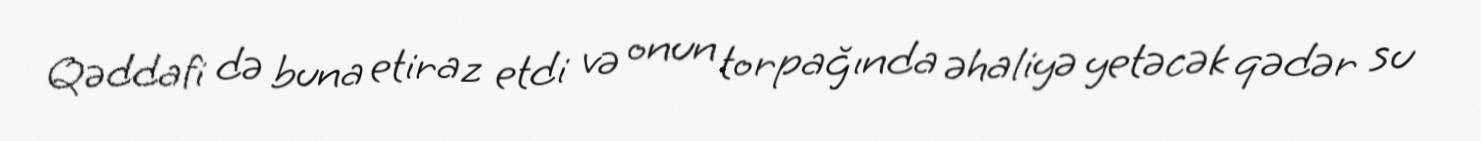
Qəddafi də buna etiraz etdi və onun torpağında əhaliyə yetəcək qədər su